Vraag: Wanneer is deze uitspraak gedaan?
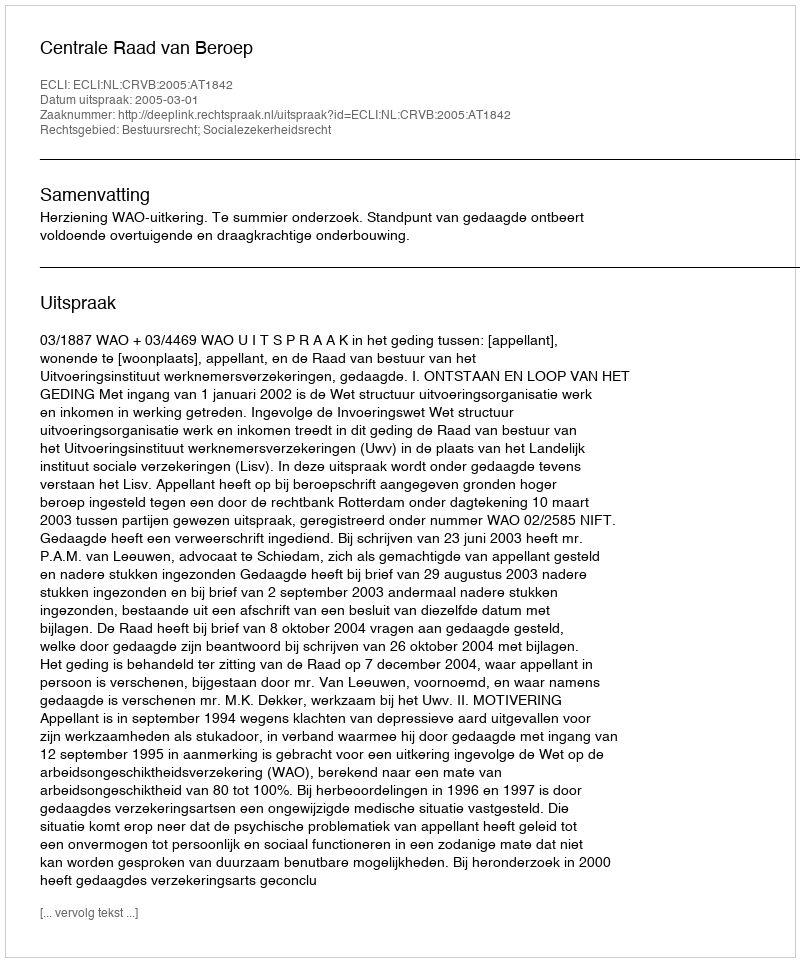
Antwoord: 2005-03-01